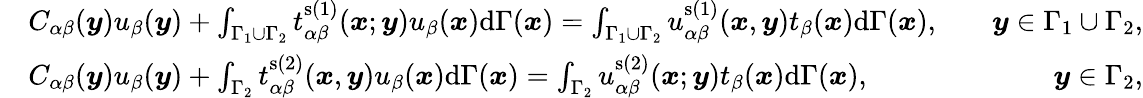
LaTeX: \begin{array}{rlr}&{C_{\alpha\beta}(\boldsymbol{y})u_{\beta}(\boldsymbol{y})+\int_{\Gamma_{1}\cup\Gamma_{2}}t_{\alpha\beta}^{\mathrm{s\left(1\right)}}(\boldsymbol{x};\boldsymbol{y})u_{\beta}(\boldsymbol{x})\mathrm{d}\Gamma(\boldsymbol{x})=\int_{\Gamma_{1}\cup\Gamma_{2}}u_{\alpha\beta}^{\mathrm{s\left(1\right)}}(\boldsymbol{x},\boldsymbol{y})t_{\beta}(\boldsymbol{x})\mathrm{d}\Gamma(\boldsymbol{x}),\quad}&{\boldsymbol{y}\in\Gamma_{1}\cup\Gamma_{2},}\\ &{C_{\alpha\beta}(\boldsymbol{y})u_{\beta}(\boldsymbol{y})+\int_{\Gamma_{2}}t_{\alpha\beta}^{\mathrm{s\left(2\right)}}(\boldsymbol{x},\boldsymbol{y})u_{\beta}(\boldsymbol{x})\mathrm{d}\Gamma(\boldsymbol{x})=\int_{\Gamma_{2}}u_{\alpha\beta}^{\mathrm{s\left(2\right)}}(\boldsymbol{x};\boldsymbol{y})t_{\beta}(\boldsymbol{x})\mathrm{d}\Gamma(\boldsymbol{x}),\quad}&{\boldsymbol{y}\in\Gamma_{2},}\end{array}